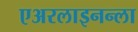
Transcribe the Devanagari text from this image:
एअरलाइनन्ला